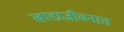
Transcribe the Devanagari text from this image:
खाद्यजीवनात